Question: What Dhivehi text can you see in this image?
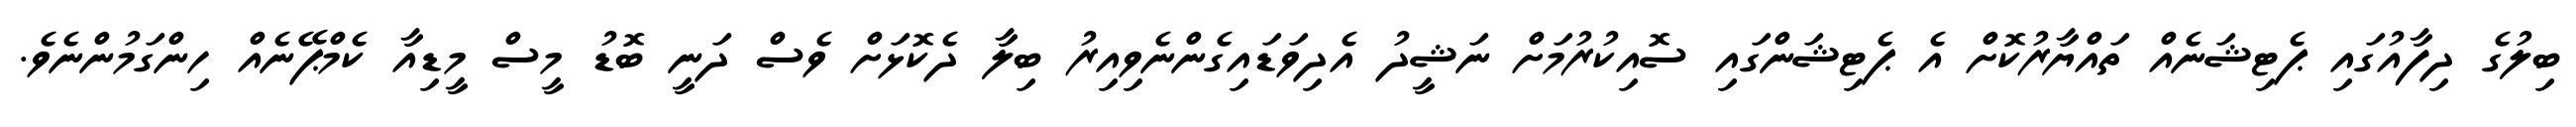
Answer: ބިލުގެ ދިފާއުގައި ޕެޓިޝަނެއް ތައްޔާރުކޮށް އެ ޕެޓިޝަންގައި ސޮއިކުރުމަށް ނަޝީދު އެދިވަޑައިގެންނެވިއިރު ބިލާ ދެކޮޅަށް ވެސް ދަނީ ބޮޑު މީސް މީޑިއާ ކެމްޕޭނެއް ހިންގަމުންނެވެ.